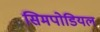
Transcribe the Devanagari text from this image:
सिमपोडियल